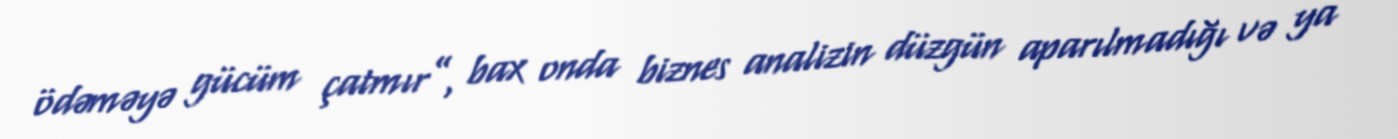
ödəməyə gücüm çatmır”, bax onda biznes analizin düzgün aparılmadığı və ya